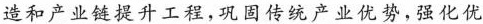
造和产业链提升工程，巩固传统产业优势，强化优